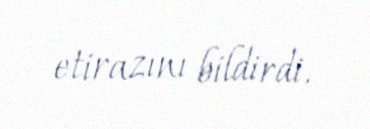
etirazını bildirdi.